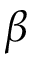
\beta